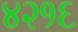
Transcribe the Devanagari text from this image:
४२१६